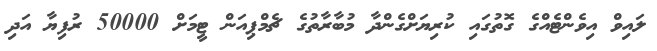
ލައިވް އިވެންޓެއްގެ ގޮތުގައި ކުރިޔަށްގެންދާ މުބާރާތުގެ ޗެމްޕިއަން ޓީމަށް 50000 ރުފިޔާ އަދި